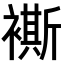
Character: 𧝤